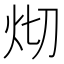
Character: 𤆻